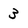
Character: 3